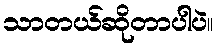
သာတယ်ဆိုတာပါပဲ။